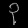
Digit: ၃